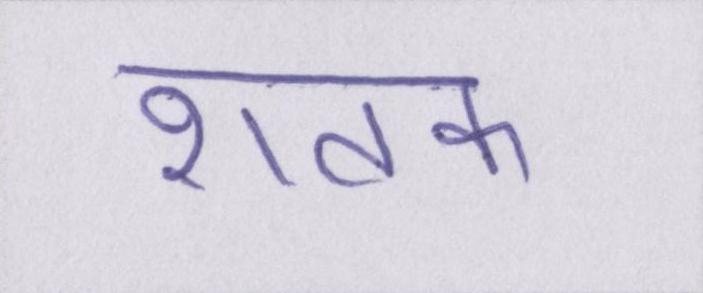
शतक